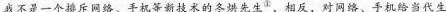
我不是一个排斥网络、手机等新技术的冬烘先生^{①}，相反，对网络、手机给当代生